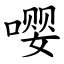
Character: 嘤